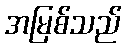
အမြစ်သည်